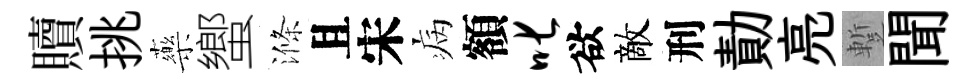
贖挑藥蠁滌且宋病額叱欲敵刑勣亮蹔聞